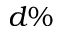
d \%